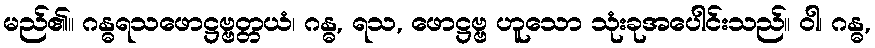
မည်၏။ ဂန္ဓရသဖောဋ္ဌဗ္ဗတ္တယံ၊ ဂန္ဓ, ရသ, ဖောဋ္ဌဗ္ဗ ဟူသော သုံးခုအပေါင်းသည်။ ဝါ၊ ဂန္ဓ,